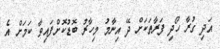
އަދި ގުރާ ހޯދި ފަރާތަކަށް ދޭ އިނާމު މިހާރު ބޮޑުކޮށްފައިވާ ކަމަށް އެ